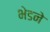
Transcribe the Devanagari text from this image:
भेडने